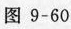
图9-60